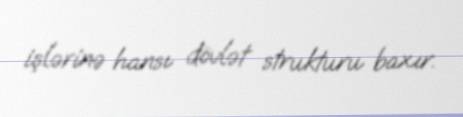
işlərinə hansı dövlət strukturu baxır.